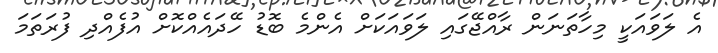
އެ ލަވައަކީ މިހާތަނަން ރާއްޖޭގައި ލަވައަކަށް އެންމެ ބޮޑު ހޭދައެއްކޮށް އުފެއްދި ފުރަތަމަ